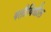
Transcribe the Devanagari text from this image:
गतीविधीत